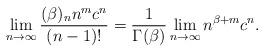
LaTeX: \begin{align*} \lim_{n\rightarrow\infty }\frac{(\beta)_{n}n^m c^{n}}{(n-1)!}=\frac{1}{\Gamma(\beta)}\lim_{n\rightarrow\infty}n^{\beta+m}c^{n}. \end{align*}